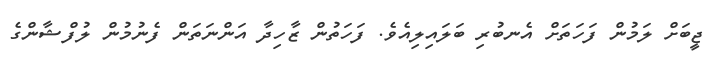
ޖީބަށް ލަމުން ފަހަތަށް އެނބުރި ބަލައިލިއެވެ. ފަހަތުން ޒާހިދާ އަންނަތަން ފެނުމުން ލުފްޝާންގެ